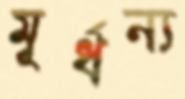
মূর্ধন্য